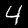
Digit: 4